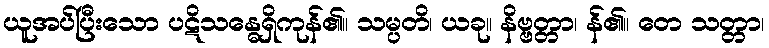
ယူအပ်ပြီးသော ပဋိသန္ဓေရှိကုန်၏။ သမ္ပတိ၊ ယခု။ နိဗ္ဗတ္တာ၊ န်၏။ တေ သတ္တာ၊